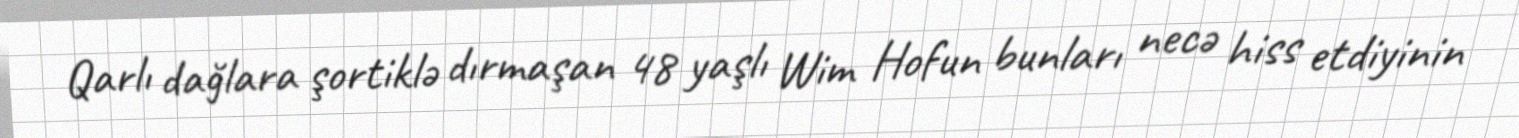
Qarlı dağlara şortiklə dırmaşan 48 yaşlı Wim Hofun bunları necə hiss etdiyinin